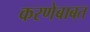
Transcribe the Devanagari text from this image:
करणेबाबत